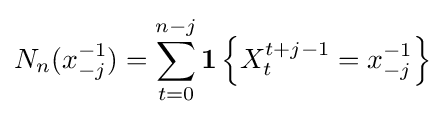
N_{n}(x_{-j}^{-1})=\sum _{t=0}^{n-j}\mathbf {1} \left\{X_{t}^{t+j-1}=x_{-j}^{-1}\right\}